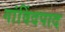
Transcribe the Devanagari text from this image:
गांविंदपाद